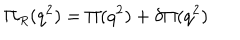
\Pi _ { R } ( q ^ { 2 } ) = \Pi ( q ^ { 2 } ) + \delta \Pi ( q ^ { 2 } )